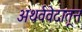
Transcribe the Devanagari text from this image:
अथर्ववेदातून